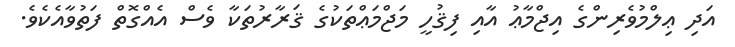
އަދި ޢިލްމުވެރިންގެ އިޖްމާޢު އާއި ފިޤުހީ މަޖްމަޢްތަކުގެ ޤަރާރުތަކާ ވެސް އެއްގޮތް ފަތުވާއެކެވެ.